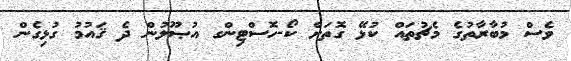
ވެސް މުބާރާތުގެ މެޗުތައް ކުޅޭ ގޮތަށް ކޯ-ހޮސްޓިންގ އުޞޫލުން ދެ ޤައުމު ގުޅިގެން